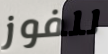
للفوز